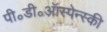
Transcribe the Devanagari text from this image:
पी॰डी॰ऑस्पेन्स्की